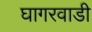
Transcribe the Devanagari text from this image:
घागरवाडी